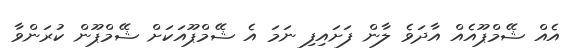
އެއް ޝޭމްޕޫއެއް އާދަވެ ލާން ފަށައިފި ނަމަ އެ ޝޭމްޕޫއަކަށް ޝޭމްޕޫން ކުރަންވާ